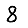
Digit: 8